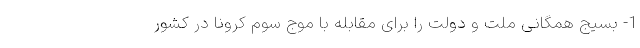
1- بسیج همگانی ملت و دولت را برای مقابله با موج سوم کرونا در کشور